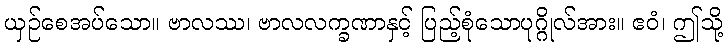
ယှဉ်စေအပ်သော။ ဗာလဿ၊ ဗာလလက္ခဏာနှင့် ပြည့်စုံသောပုဂ္ဂိုလ်အား။ ဧဝံ၊ ဤသို့